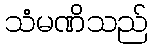
သံမဏိသည်